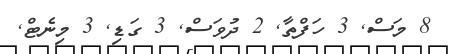
8 މަސް